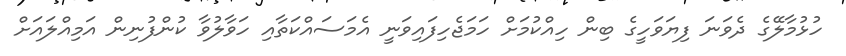
ހުޅުމާލޭގެ ދެވަނަ ފިޔަވަހީގެ ބިން ހިއްކުމަށް ހަމަޖެހިފައިވަނީ އެމަސައްކަތާއި ހަވާލުވާ ކުންފުނިން އަމިއްލައަށް